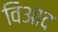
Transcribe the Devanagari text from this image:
विआद